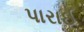
પારાઈ